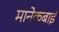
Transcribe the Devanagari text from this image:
मानेकबाई